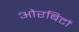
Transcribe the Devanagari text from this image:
ओरबिटों